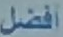
أفضل